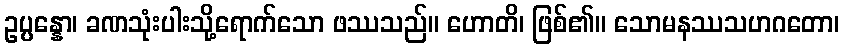
ဥပ္ပန္နော၊ ခဏသုံးပါးသို့ရောက်သော ဖဿသည်။ ဟောတိ၊ ဖြစ်၏။ သောမနဿသဟဂတော၊